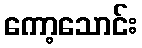
ကော့သောင်း